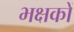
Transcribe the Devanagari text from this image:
भक्षकों